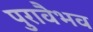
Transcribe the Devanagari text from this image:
पुरावैभव